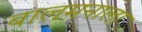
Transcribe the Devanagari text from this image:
बालमनाला